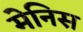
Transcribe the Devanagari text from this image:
मेनिस